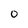
Character: 0